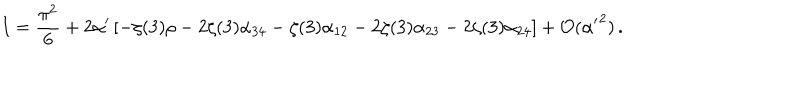
I = \frac { \pi ^ { 2 } } { 6 } + 2 \alpha ^ { \prime } \left[ - \zeta ( 3 ) \rho - 2 \zeta ( 3 ) \alpha _ { 3 4 } - \zeta ( 3 ) \alpha _ { 1 2 } - 2 \zeta ( 3 ) \alpha _ { 2 3 } - 2 \zeta ( 3 ) \alpha _ { 2 4 } \right] + { \cal O } ( { \alpha ^ { \prime } } ^ { 2 } ) \, .